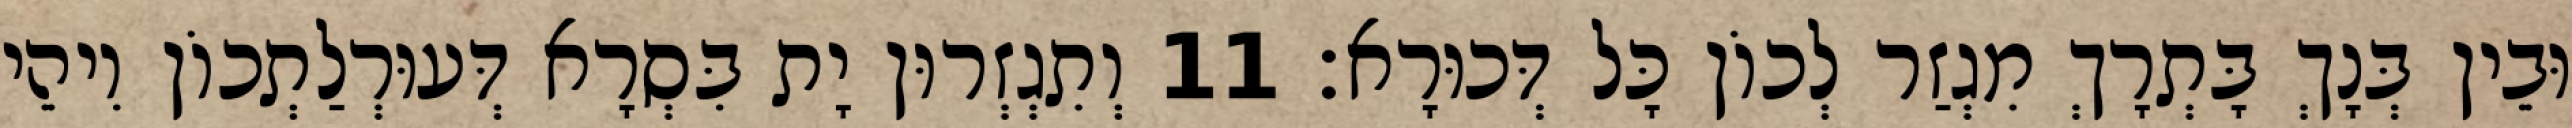
וּבֵין בְּנָךְ בָּתְרָךְ מִגְזַר לְכוֹן כָּל דְּכוּרָא׃ 11 וְתִגְזְרוּן יָת בִּסְרָא דְּעוּרְלַתְכוֹן וִיהֵי